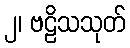
၂၊ ဗဠိသသုတ်